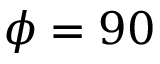
\phi = 9 0